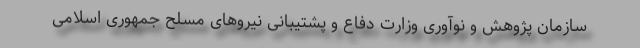
سازمان پژوهش و نوآوری وزارت دفاع و پشتیبانی نیروهای مسلح جمهوری اسلامی